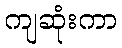
ကျဆုံးကာ